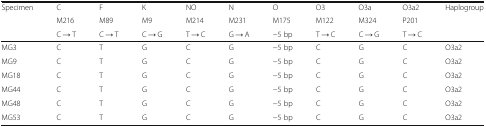
<table><thead><tr><td rowspan="3"><b>Specimen</b></td><td><b>C</b></td><td><b>F</b></td><td><b>K</b></td><td><b>NO</b></td><td><b>N</b></td><td><b>O</b></td><td><b>O3</b></td><td><b>O3a</b></td><td><b>O3a2</b></td><td rowspan="3"><b>Haplogroup</b></td></tr><tr><td><b>M216</b></td><td><b>M89</b></td><td><b>M9</b></td><td><b>M214</b></td><td><b>M231</b></td><td><b>M175</b></td><td><b>M122</b></td><td><b>M324</b></td><td><b>P201</b></td></tr><tr><td><b>C → T</b></td><td><b>C → T</b></td><td><b>C → G</b></td><td><b>T → C</b></td><td><b>G → A</b></td><td><b>−5 bp</b></td><td><b>T → C</b></td><td><b>C → G</b></td><td><b>T → C</b></td></tr></thead><tbody><tr><td>MG3</td><td>C</td><td>T</td><td>G</td><td>C</td><td>G</td><td>−5 bp</td><td>C</td><td>G</td><td>C</td><td>O3a2</td></tr><tr><td>MG9</td><td>C</td><td>T</td><td>G</td><td>C</td><td>G</td><td>−5 bp</td><td>C</td><td>G</td><td>C</td><td>O3a2</td></tr><tr><td>MG18</td><td>C</td><td>T</td><td>G</td><td>C</td><td>G</td><td>−5 bp</td><td>C</td><td>G</td><td>C</td><td>O3a2</td></tr><tr><td>MG44</td><td>C</td><td>T</td><td>G</td><td>C</td><td>G</td><td>−5 bp</td><td>C</td><td>G</td><td>C</td><td>O3a2</td></tr><tr><td>MG48</td><td>C</td><td>T</td><td>G</td><td>C</td><td>G</td><td>−5 bp</td><td>C</td><td>G</td><td>C</td><td>O3a2</td></tr><tr><td>MG53</td><td>C</td><td>T</td><td>G</td><td>C</td><td>G</td><td>−5 bp</td><td>C</td><td>G</td><td>C</td><td>O3a2</td></tr></tbody></table>